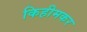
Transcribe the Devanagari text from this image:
किहीमकर